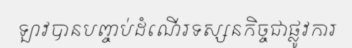
ឡាវបានបញ្ចប់ដំណើរទស្សនកិច្ចជាផ្លូវការ